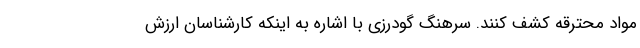
مواد محترقه کشف کنند. سرهنگ گودرزی با اشاره به اینکه کارشناسان ارزش